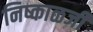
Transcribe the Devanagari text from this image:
निष्काळजी